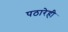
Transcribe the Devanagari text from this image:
पठारेही